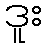
ဒူး